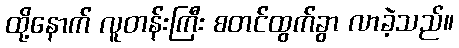
ထို့နောက် လူတန်းကြီး စတင်ထွက်ခွာ လာခဲ့သည်။